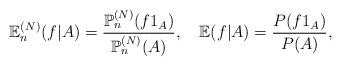
LaTeX: \begin{align*}\mathbb{E}_{n}^{(N)}(f|A)=\frac{\mathbb{P}_{n}^{(N)}(f1_{A})}{\mathbb{P}_{n}^{(N)}(A)},\quad\mathbb{E}(f|A)=\frac{P(f1_{A})}{P(A)},\end{align*}